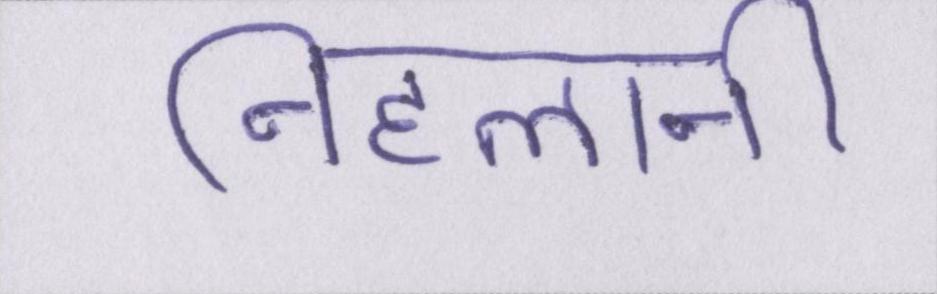
निहलानी